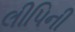
લીપિની